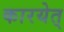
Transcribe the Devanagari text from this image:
कारयेत्‌